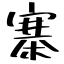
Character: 寨